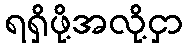
ရရှိဖို့အလို့ငှာ